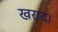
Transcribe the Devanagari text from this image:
खराद।